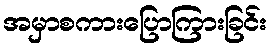
အမှာစကားပြောကြားခြင်း